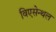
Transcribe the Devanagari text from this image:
विएसेन्थल